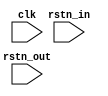
module synchronizer_rst(
    input clk,
    input rstn_in,
    input rstn_out
);

reg [1:0] rst_pipe;

always @(posedge clk or negedge rstn_in) begin : proc_pipe
    if(~rstn_in) begin
        rst_pipe <= 0;
    end else begin
        rst_pipe <= {rst_pipe[0], 1'b1};
    end
end

assign rstn_out = rst_pipe[1];

endmodule // synchronizer_rst